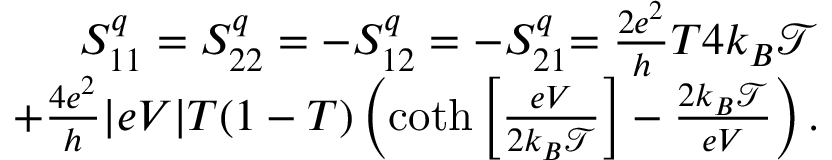
\begin{array} { r } { { S _ { 1 1 } ^ { q } = S _ { 2 2 } ^ { q } = - S _ { 1 2 } ^ { q } = - S _ { 2 1 } ^ { q } } { = \frac { 2 e ^ { 2 } } { h } T 4 k _ { B } \mathcal { T } } } \\ { { + \frac { 4 e ^ { 2 } } { h } | e V | T ( 1 - T ) \left( \coth \left[ \frac { e V } { 2 k _ { B } \mathcal { T } } \right] - \frac { 2 k _ { B } \mathcal { T } } { e V } \right) . } } \end{array}